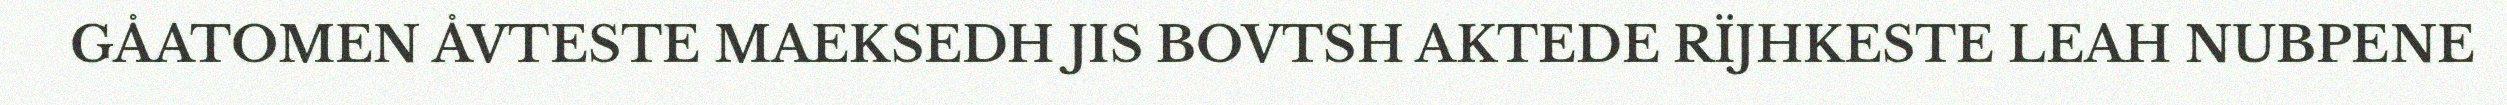
GÅATOMEN ÅVTESTE MAEKSEDH JIS BOVTSH AKTEDE RÏJHKESTE LEAH NUBPENE